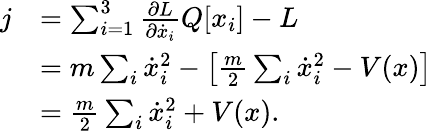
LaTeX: {\begin{array}{rl}{j}&{=\sum_{i=1}^{3}{\frac{\partial L}{\partial{\dot{x}}_{i}}}Q[x_{i}]-L}\\ &{=m\sum_{i}{\dot{x}}_{i}^{2}-\left[{\frac{m}{2}}\sum_{i}{\dot{x}}_{i}^{2}-V(x)\right]}\\ &{={\frac{m}{2}}\sum_{i}{\dot{x}}_{i}^{2}+V(x).}\end{array}}